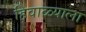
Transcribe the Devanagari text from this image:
हिवाळ्याला